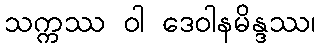
သက္ကဿ ဝါ ဒေဝါနမိန္ဒဿ၊